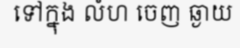
ទៅក្នុង លំហ ចេញ ឆ្ងាយ